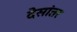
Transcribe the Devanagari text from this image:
देसांतर